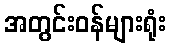
အတွင်းဝန်များရုံး